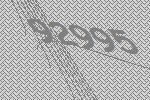
92995